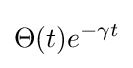
\Theta (t)e^{-\gamma t}